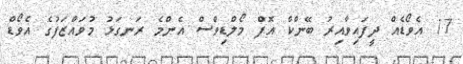
17 އެވޯޑެއް ދީފައިވާއިރު ބޭންކް އޮފް މޯލްޑިވްސް އެންމެ ރަނގަޅު މުވައްޒަފުގެ އެވޯޑް